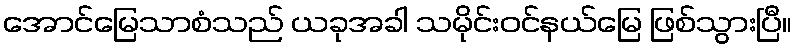
အောင်မြေသာစံသည် ယခုအခါ သမိုင်းဝင်နယ်မြေ ဖြစ်သွားပြီ။